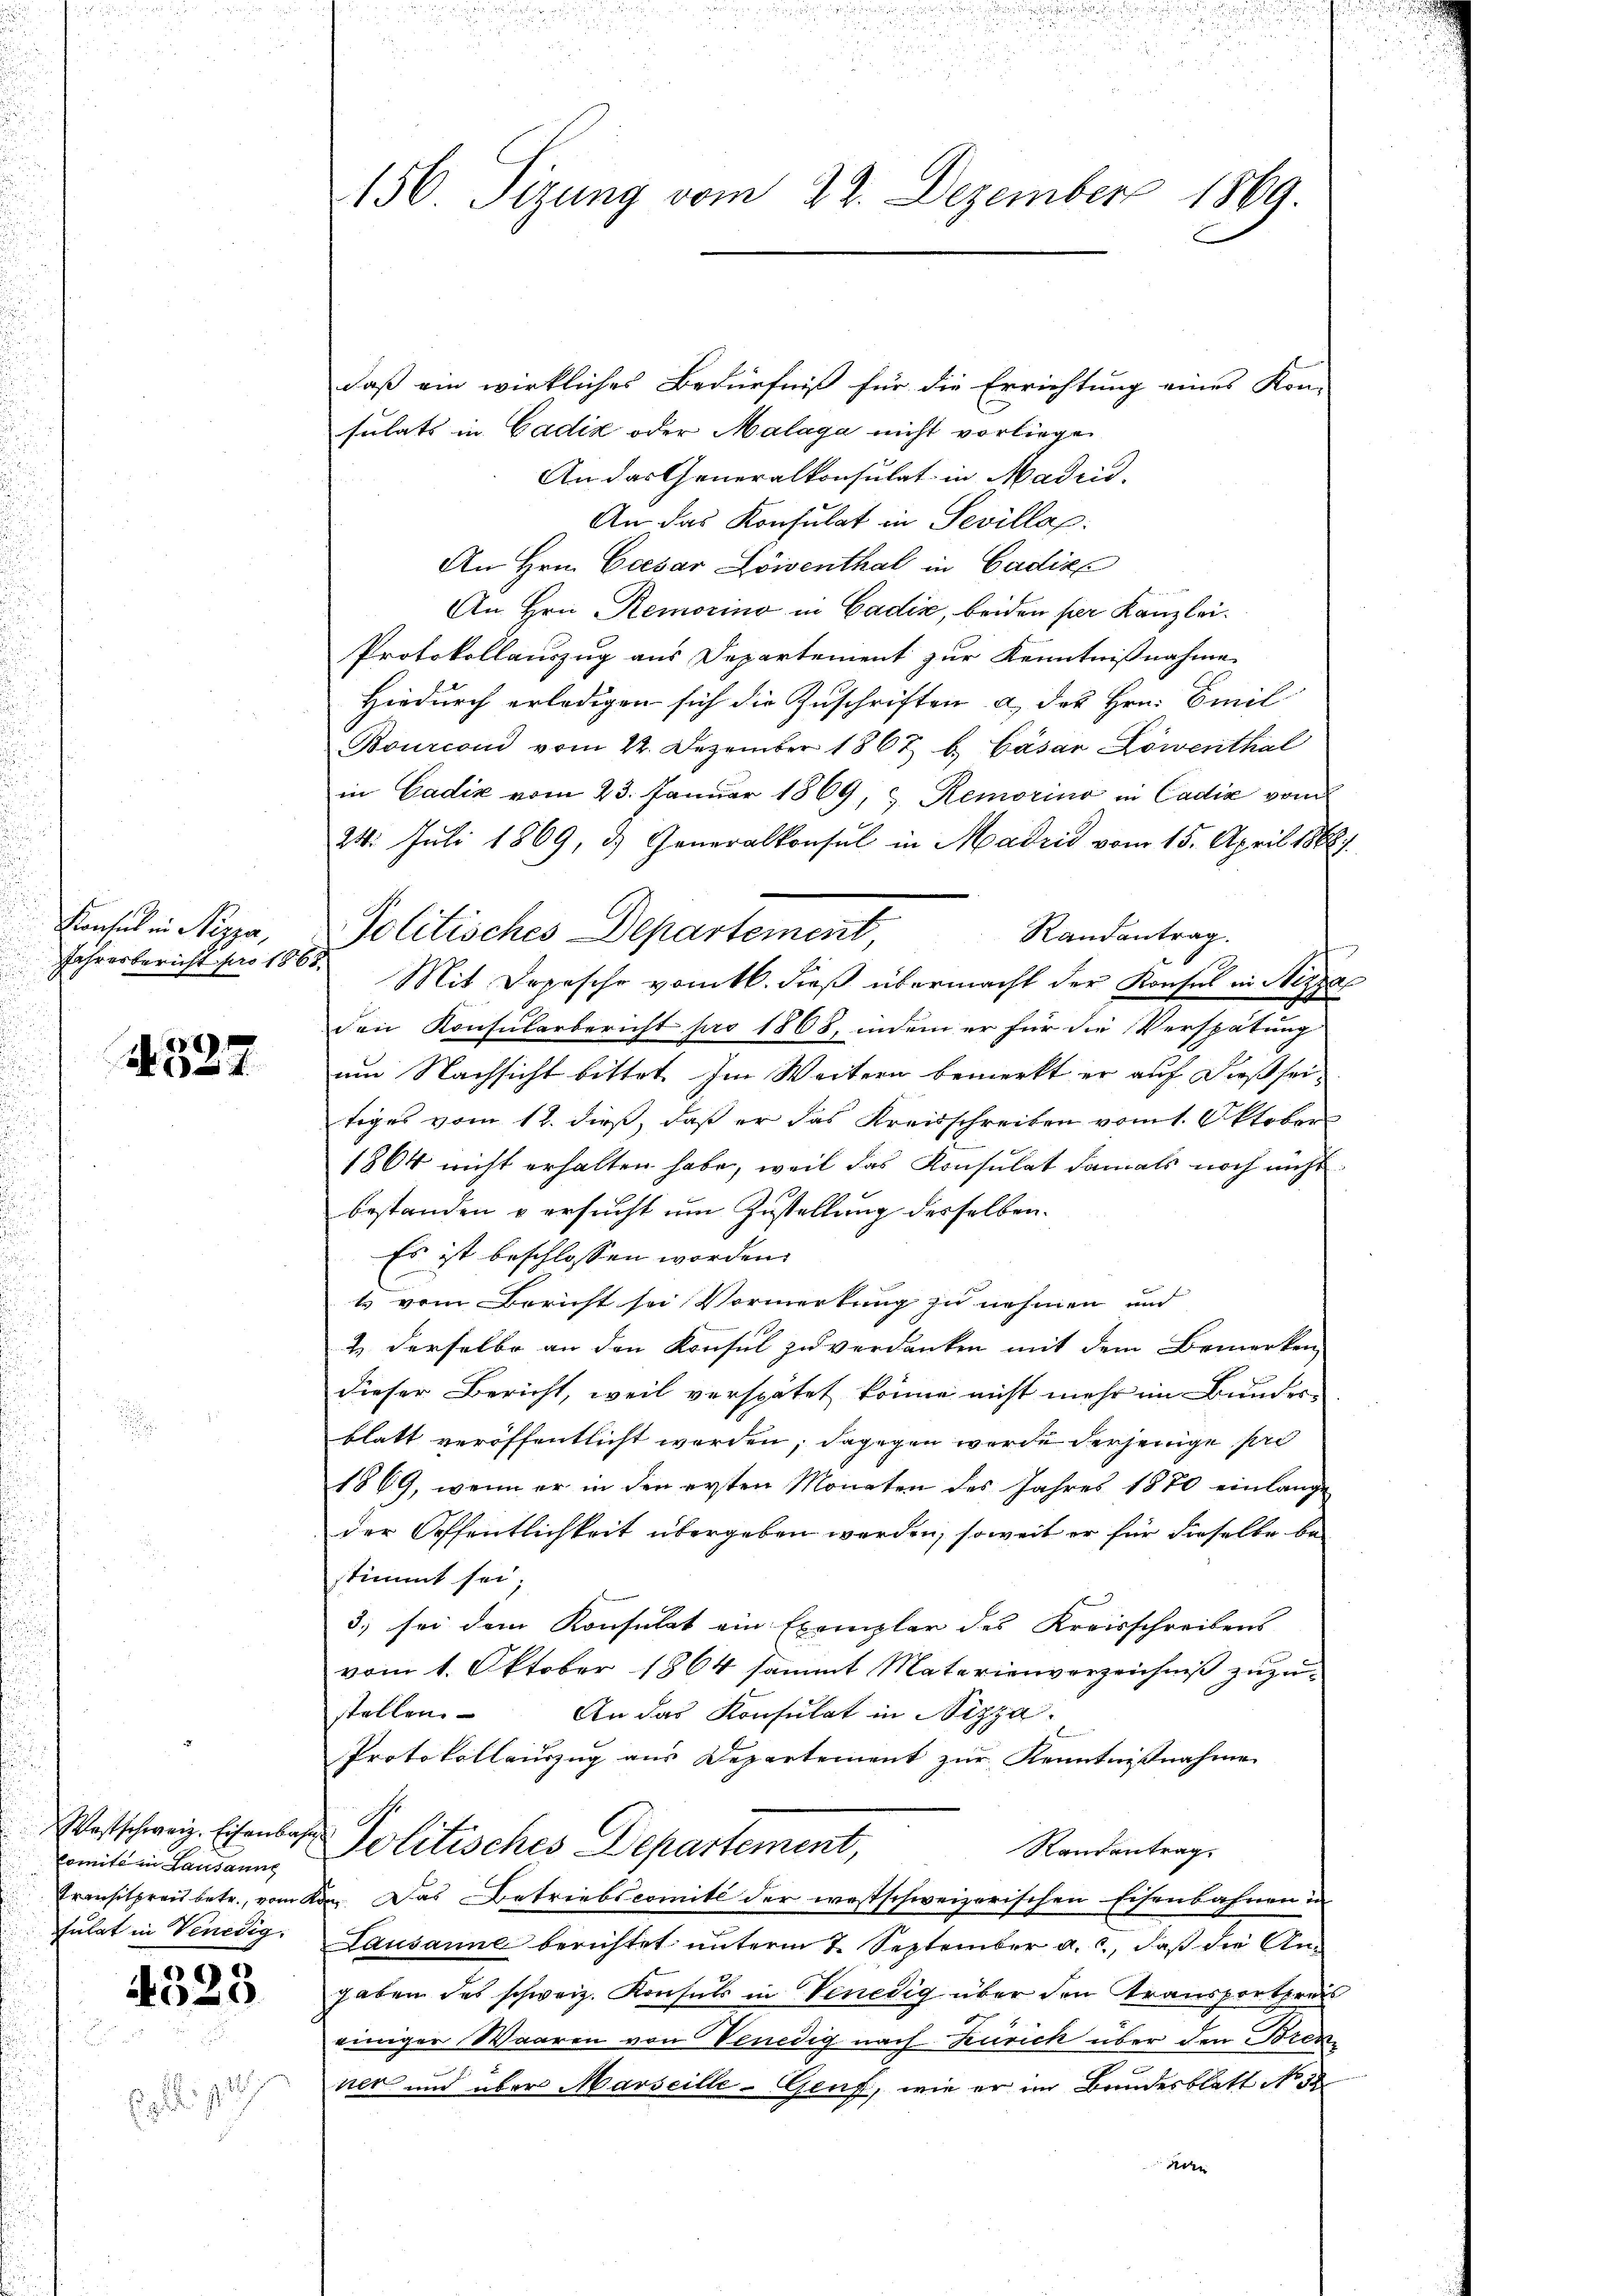
Konsul in Sizza,
Jahresbericht pro 1865.

4327

Westschweiz. Eisenbahr
Comita in Lausanne
sulat in Venedig

6
00

91

156. Sizung vom 22. Dezember 1869.

daß ein wirkliches Bedürfniß für die Errichtung eines Kon-
sulats in Cadiz oder Malaga nicht vorliegen
An das Generalkonsulat in Madrid,
An das Konsulat in Sevillap
An Hrn. Caesar Löwenthal in Gadire
An Hrn. Remorino in Cadić, beiden per Kanzlei.
Protokollauszug aus Departement zur Kenntnißnahme
Hiedurch erledigen sich die Zuschriften a des Hrn. Emil
Bourconi vom 22. Dezember 1867 b. Cäsar Löwenthal
in Cadiz vom 23. Januar 1869, & Remorino in Cadia vom
24. Juli 1869, d. Generalkonsul in Madrid vom 15. April 1888.
Politisches Departement, Randantrag.
Mit Depesche vomtl. dieß übermacht der Konsul in Stezza
den Konsularbericht pro 1868, indem er für die Verspätung
um Nachsicht bittet. Im Weitern bemerkt er auf dießseitiges vom 12. dieß, daß er das Kreisschreiben vom 1. Oktober
1864 nicht erhalten habe, weil das Konsulat damals noch nicht
bestanden u ersucht um Zustellung desselben.
Es ist beschlossen worden.
t vom Bericht sei Vormerkung zu nehmen und
2. derselbe an den Konsul zu verdanken mit dem Bemerken
dieser Bericht, weil verspätet könne nicht mehr im Bundes-
blatt veröffentlicht werden; dagegen wurde denjenige pre
1869, wenn er in den ersten Monaten des Jahres 1870 einlange
der Öffentlichkeit übergeben werden, soweit er für dieselbe be-
stimmt sei;
3) sei dem Konsulat ein Exemplar des Kreisschreibens
vom 1. Oktober 1864 sammt Materienverzeichniß zuzustellen. An das Konsulat in Nizza
Protokollauszug aus Departement zur Kenntnißnahme
Politisches Departement,
Randantrag.
Transitpreis betr., vom Kon. Das Betriebscomité der westschweizerischen Eisenbahnen in
Lausanne berichtet unterm 2. September a. c., daß die Angaben des schweiz. Konsuls in Venedig über den Transportpreis
einiger Waaren von Venedig nach Zürich über den Brenner und über Marseille-Genf, wie er im Bundesblatt No 32
n